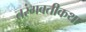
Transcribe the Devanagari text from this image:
तरंगवतीकथा